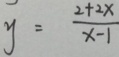
y = \frac { 2 + 2 x } { x - 1 }